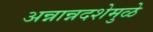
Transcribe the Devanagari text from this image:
अन्नान्नदशेमुळे